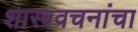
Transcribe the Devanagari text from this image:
शास्त्रवचनांचा